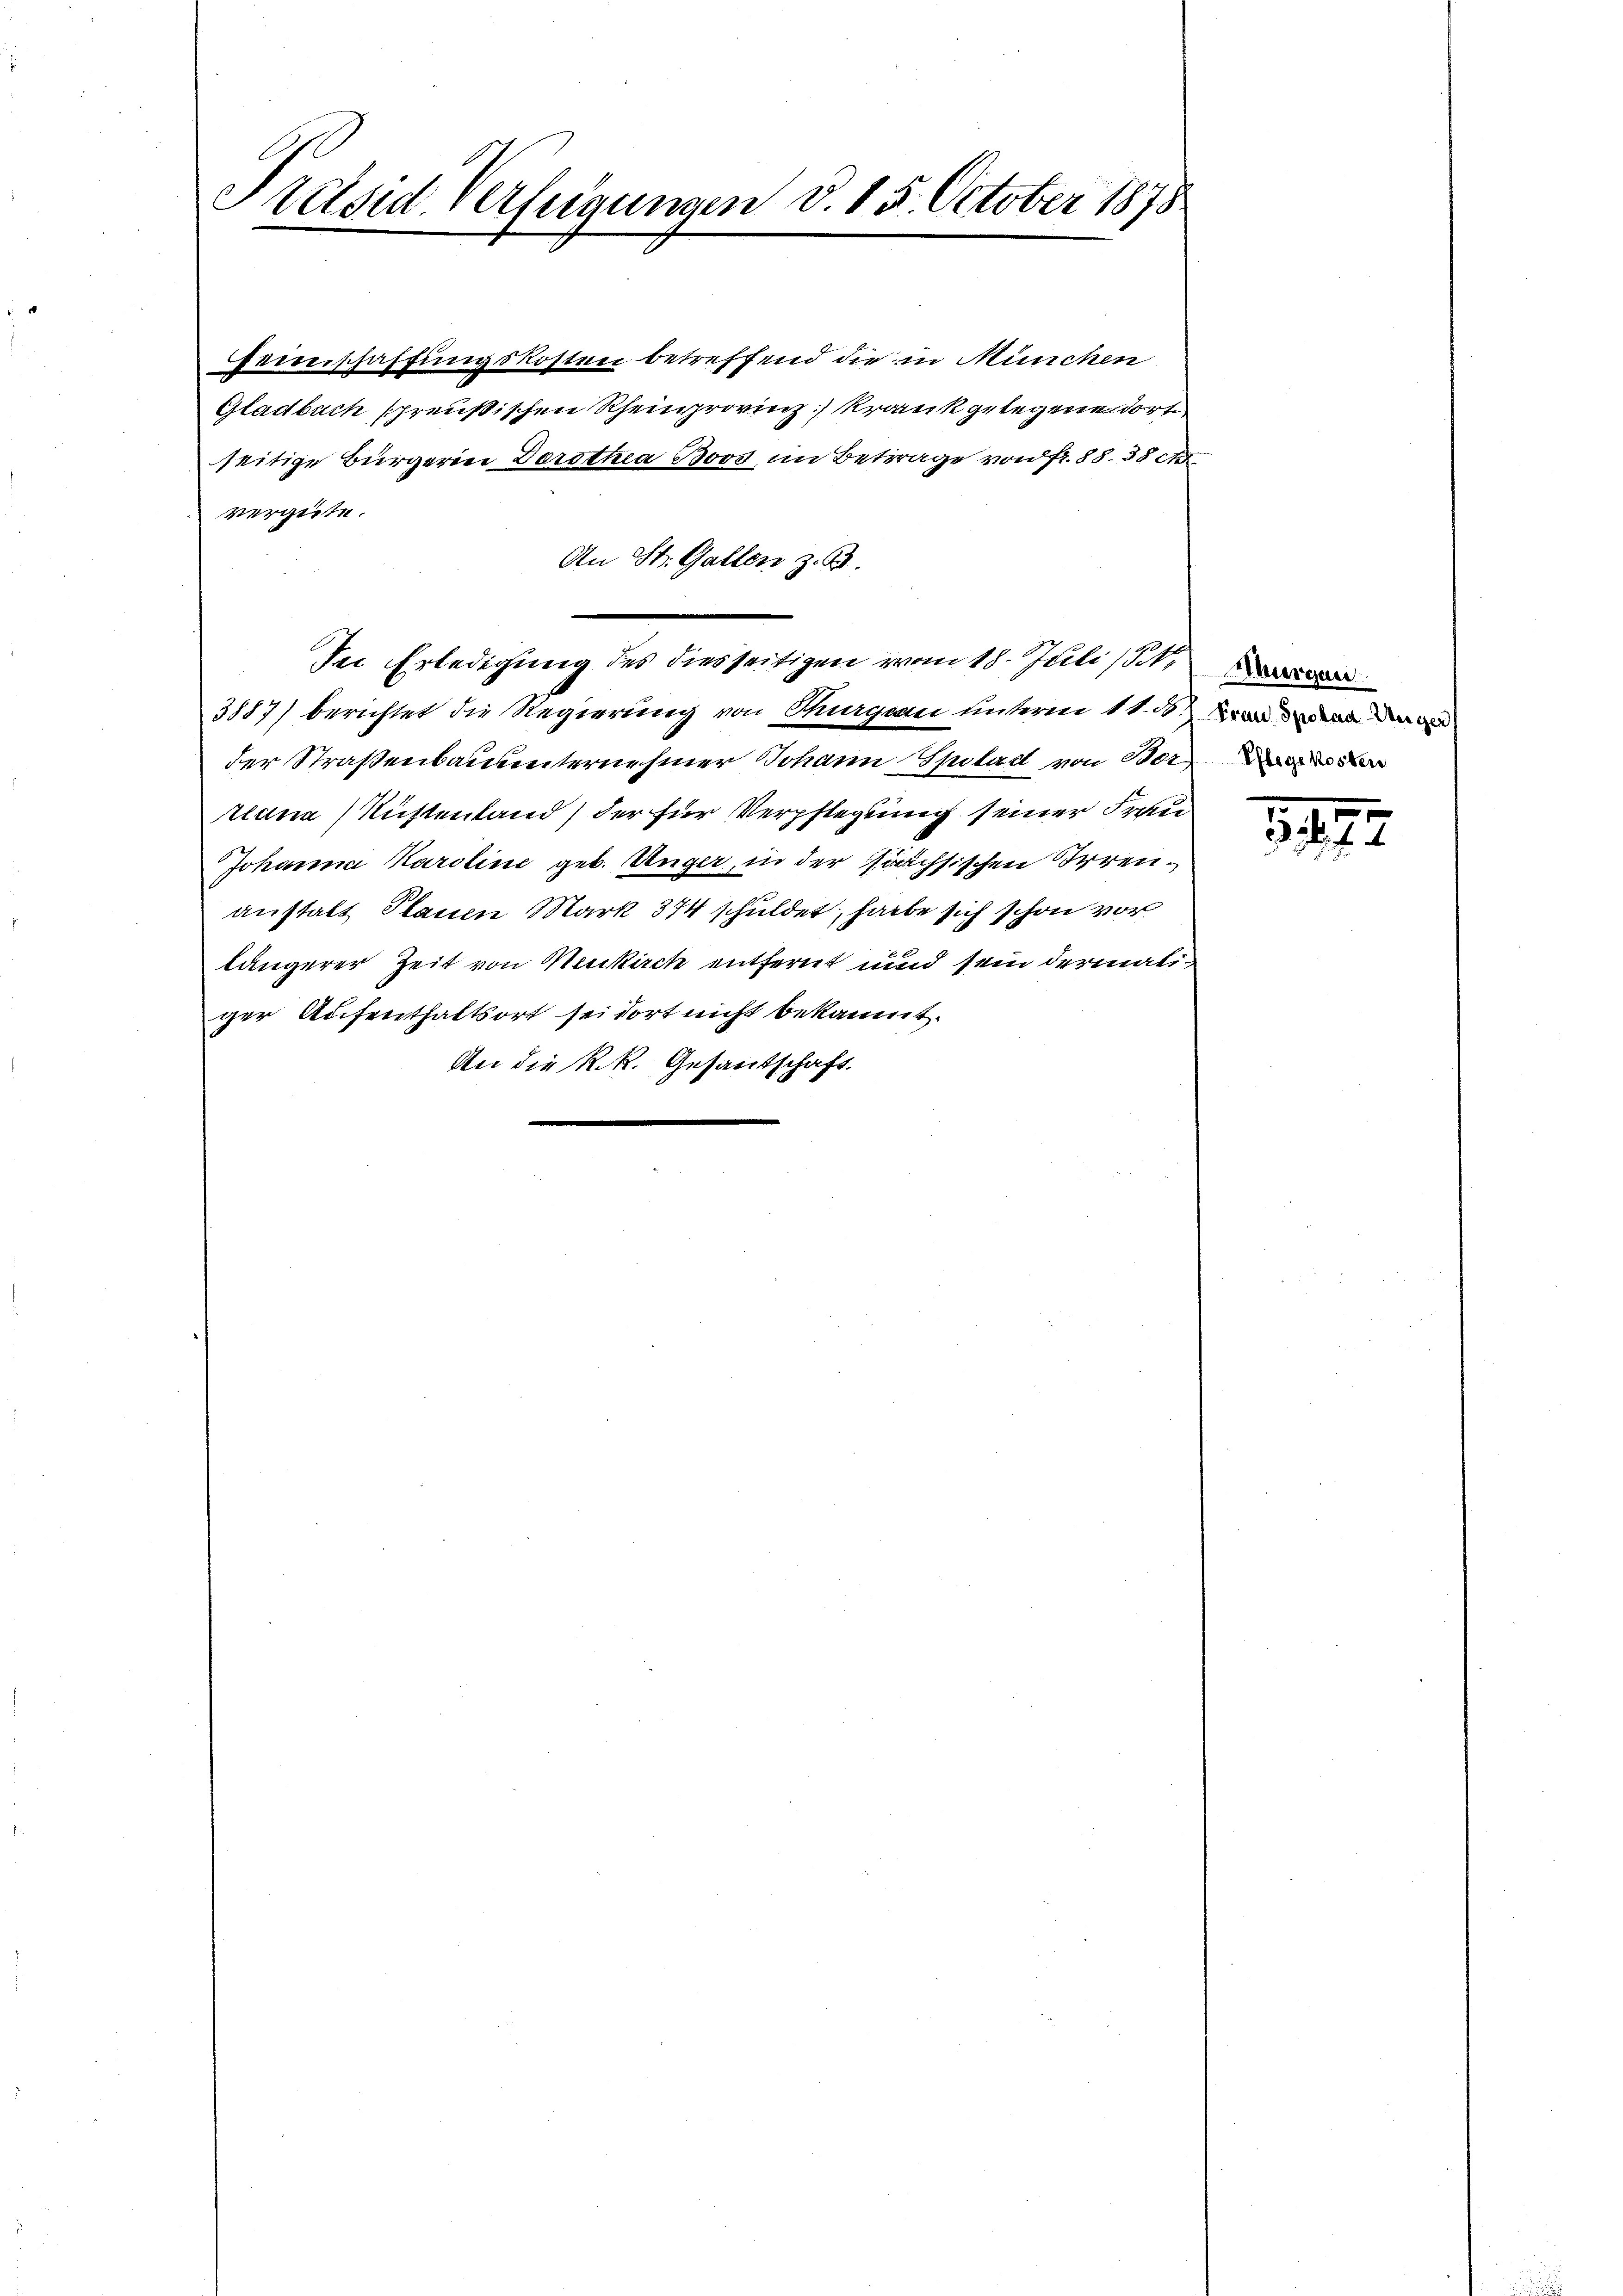
Heimschaffungskosten betreffend die in München
Gladbach spreußischen Rheinprovinz krank gelegene dort
seitige Bürgerie Dorothea Boos im Betrage von fr. 88. 38 et
vergüte.
An St. Gallen z. B
In Erledigung des diesseitigen vom 18. Juli 18
3887) berichtet die Regierung von Thurgau unterm 11. d.
der Straßenbauunternehmer Johann Spital von 10t
tlana Rüstenland) der für Verpflegung seiner Frau
Johanna Karoline geb. Unger, in der Joachsischen Irrenanstalt Plauen Mark 374 schuldet, habe sich schon vor
längerer Zeit von Menkirch entfernt und sein dermaliger Aufenthaltsort sei dort nicht bekannt.
An die R. R. Gesantschaft.

Präsid Verfügungen d. 15. October 1878

e
322 f. 4.